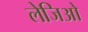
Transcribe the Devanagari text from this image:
लेजिओ